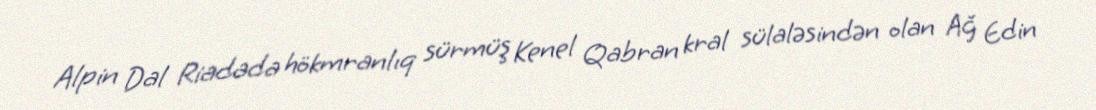
Alpin Dal Riadada hökmranlıq sürmüş Kenel Qabran kral sülaləsindən olan Ağ Edin